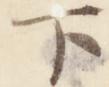
下